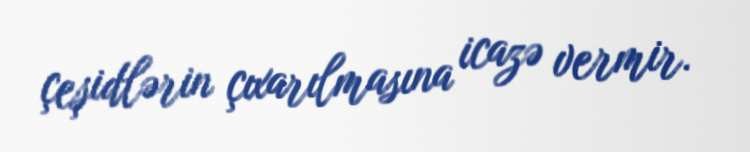
çeşidlərin çıxarılmasına icazə vermir.